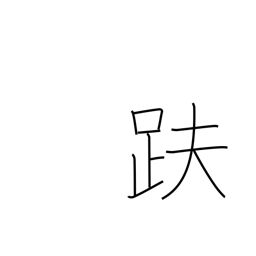
Meaning: sitting in the lotus position